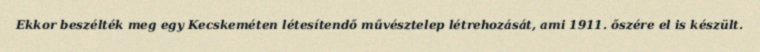
Ekkor beszélték meg egy Kecskeméten létesítendő művésztelep létrehozását, ami 1911. őszére el is készült.